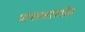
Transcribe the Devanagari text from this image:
पायाभरणीत